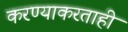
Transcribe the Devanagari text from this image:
करण्याकरताही